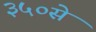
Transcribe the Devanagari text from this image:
३५०से